Annual statistical returns and brief notes on vaccination in Bengal - 1896-1909
Year: 1896
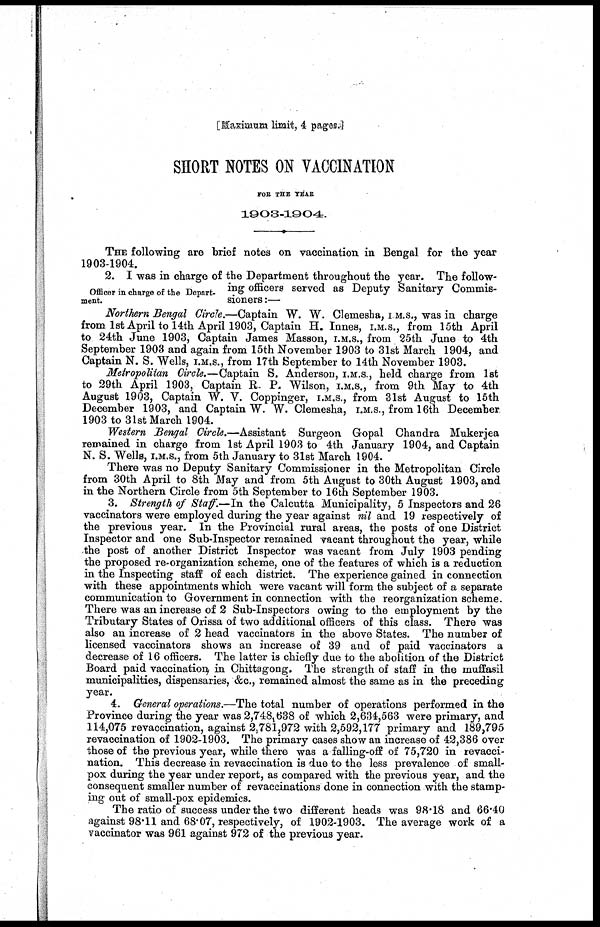
[Maximum limit, 4 pages.]
SHORT NOTES ON VACCINATION
FOR THE YEAR
1903-1904.
THE following are brief notes on vaccination in Bengal for the year
1903-1904.
Officer in charge of the Depart-
ment.
2. I was in charge of the Department throughout the year. The follow-
ing officers served as Deputy Sanitary Commis-
sioners :—
Northern Bengal Circle.—Captain W. W. Clemesha, I. M.S., was in charge
from 1st April to 14th April 1903, Captain H. Innes, I.M.S., from 15th April
to 24th June 1903, Captain James Masson, I.M.S., from 25th June to 4th
September 1903 and again from 15th November 1903 to 31st March 1904, and
Captain N. S. Wells, I.M.S., from 17th September to 14th November 1903.
Metropolitan Circle.—Captain S. Anderson, I.M.S., held charge from 1st
to 29th April 1903, Captain R. P. Wilson, I.M.S., from 9th May to 4th
August 1903, Captain W. V. Coppinger, I.M.S., from 31st August to 15th
December 1903, and Captain W. W. Clemesha, I.M.S., from 16th December
1903 to 31st March 1904.
Western Bengal Circle.—Assistant Surgeon Gopal Chandra Mukerjea
remained in charge from 1st April 1903 to 4th January 1904, and Captain
N. S. Wells, I.M.S., from 5th January to 31st March 1904.
There was no Deputy Sanitary Commissioner in the Metropolitan Circle
from 30th April to 8th May and from 5th August to 30th August 1903, and
in the Northern Circle from 5th September to 16th September 1903.
3. Strength of Staff.—In the Calcutta Municipality, 5 Inspectors and 26
vaccinators were employed during the year against nil and 19 respectively of
the previous year. In the Provincial rural areas, the posts of one District
Inspector and one Sub-Inspector remained vacant throughout the year, while
the post of another District Inspector was vacant from July 1903 pending
the proposed re-organization scheme, one of the features of which is a reduction
in the Inspecting staff of each district. The experience gained in connection
with these appointments which were vacant will form the subject of a separate
communication to Government in connection with the reorganization scheme.
There was an increase of 2 Sub-Inspectors owing to the employment by the
Tributary States of Orissa of two additional officers of this class. There was
also an increase of 2 head vaccinators in the above States. The number of
licensed vaccinators shows an increase of 39 and of paid vaccinators a
decrease of 16 officers. The latter is chiefly due to the abolition of the District
Board paid vaccination in Chittagong. The strength of staff in the muffasil
municipalities, dispensaries, &c., remained almost the same as in the preceding
year.
4. General operations.—The total number of operations performed in the
Province during the year was 2,748,638 of which 2,634,563 were primary, and
114,075 revaccination, against 2,781,972 with 2,592,177 primary and 189,795
revaccination of 1902-1903. The primary cases show an increase of 42,386 over
those of the previous year, while there was a falling-off of 75,720 in revacci-
nation. This decrease in revaccination is due to the less prevalence of small-
pox during the year under report, as compared with the previous year, and the
consequent smaller number of revaccinations done in connection with the stamp-
ing out of small-pox epidemics.
The ratio of success under the two different heads was 98.18 and 66.40
against 98.11 and 68.07, respectively, of 1902-1903. The average work of a
vaccinator was 961 against 972 of the previous year.